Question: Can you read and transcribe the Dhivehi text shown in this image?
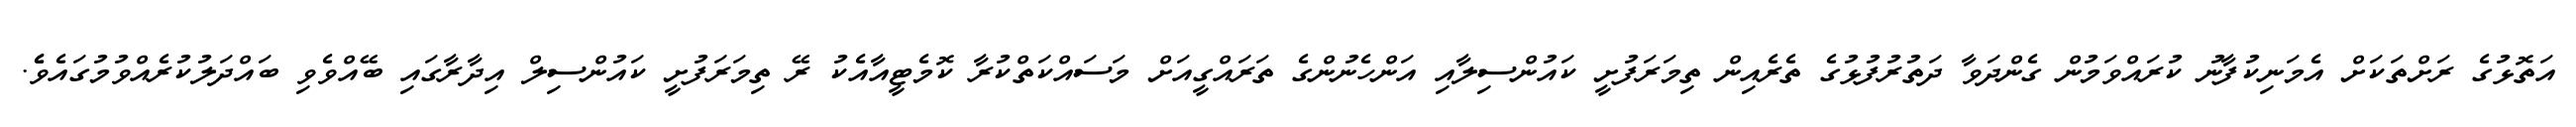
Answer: އަތޮޅުގެ ރަށްތަކަށް އެމަނިކުފާނު ކުރައްވަމުން ގެންދަވާ ދަތުރުފުޅުގެ ތެރެއިން ތިމަރަފުށީ ކައުންސިލާއި އަންހެނުންގެ ތަރައްގީއަށް މަސައްކަތްކުރާ ކޮމެޓީއާއެކު ރޭ ތިމަރަފުށީ ކައުންސިލް އިދާރާގައި ބޭއްވެވި ބައްދަލުކުރެއްވުމުގައެވެެ.